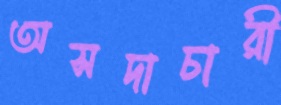
অসদাচারী